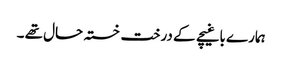
ہمارے باغیچے کے درخت خستہ حال تھے ۔